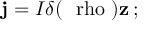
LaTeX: { \bf j } = I \delta ( \mathrm { \boldmath ~ \ r h o ~ } ) { \bf z } \, ;